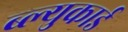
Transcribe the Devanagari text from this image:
ब्ल्युकार्ड